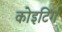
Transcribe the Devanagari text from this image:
कोइटिंग